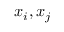
x _ { i } , x _ { j }